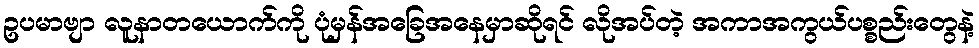
ဥပမာဗျာ လူနာတယောက်ကို ပုံမှန်အခြေအနေမှာဆိုရင် လိုအပ်တဲ့ အကာအကွယ်ပစ္စည်းတွေနဲ့